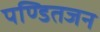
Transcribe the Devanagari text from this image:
पण्डितजन